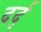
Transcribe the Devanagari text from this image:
दर्द्